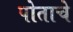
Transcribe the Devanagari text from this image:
पोताचे